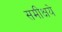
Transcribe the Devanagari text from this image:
समीक्षये